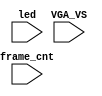
`timescale 1ns/1ps

module mist_dump(
    input           VGA_VS,
    input           led,
    input   [31:0]  frame_cnt
);

`ifdef DUMP
`ifndef NCVERILOG // iVerilog:
    initial begin
        // #(200*100*1000*1000);
        $display("iverilog: DUMP enabled");
        $dumpfile("test.lxt");
    end
    `ifdef LOADROM
    //always @(negedge led) if( $time > 20000 ) begin // led = downloading signal
    initial begin
        $display("iverilog: DUMP starts");
        $dumpvars(1,mist_test.UUT.u_game);
        $dumpon;
    end
    `else
        `ifdef DUMP_START
        always @(negedge VGA_VS) if( frame_cnt==`DUMP_START ) begin
        `else
            initial begin
        `endif
            $display("DUMP starts");
            `ifdef DEEPDUMP
                $dumpvars;
            `else
                $dumpvars(1,mist_test.UUT.u_game.u_main);
                $dumpvars(1,mist_test.UUT.u_game.u_sdram);
                $dumpvars(1,mist_test.UUT.u_game.u_sdram.u_dwnld);
                //$dumpvars(1,mist_test.UUT.u_game.u_sound);
                //$dumpvars(1,mist_test.UUT.u_game.u_video);
                $dumpvars(1,mist_test.frame_cnt);
            `endif
            $dumpon;
        end
    `endif
`else // NCVERILOG
    `ifdef DUMP_START
    always @(negedge VGA_VS) if( frame_cnt==`DUMP_START ) begin
    `else
    initial begin
    `endif
        $shm_open("test.shm");
        `ifdef DEEPDUMP
            $display("NC Verilog: will dump all signals");
            $shm_probe(mist_test,"AS");
        `else
            $display("NC Verilog: will dump selected signals");
            $shm_probe(frame_cnt);
            // $shm_probe(UUT.u_game,"A");
            $shm_probe(UUT.u_game.u_main,"A");
            //$shm_probe(UUT.u_game.u_sdram,"A");
            `ifndef NOSOUND
                $shm_probe(UUT.u_game.u_sound,"A");
            `endif
            // $shm_probe(UUT.u_game.u_video,"A");
        `endif
    end
`endif
`endif

endmodule // mist_dump